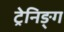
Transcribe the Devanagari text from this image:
ट्रेनिङ्ग